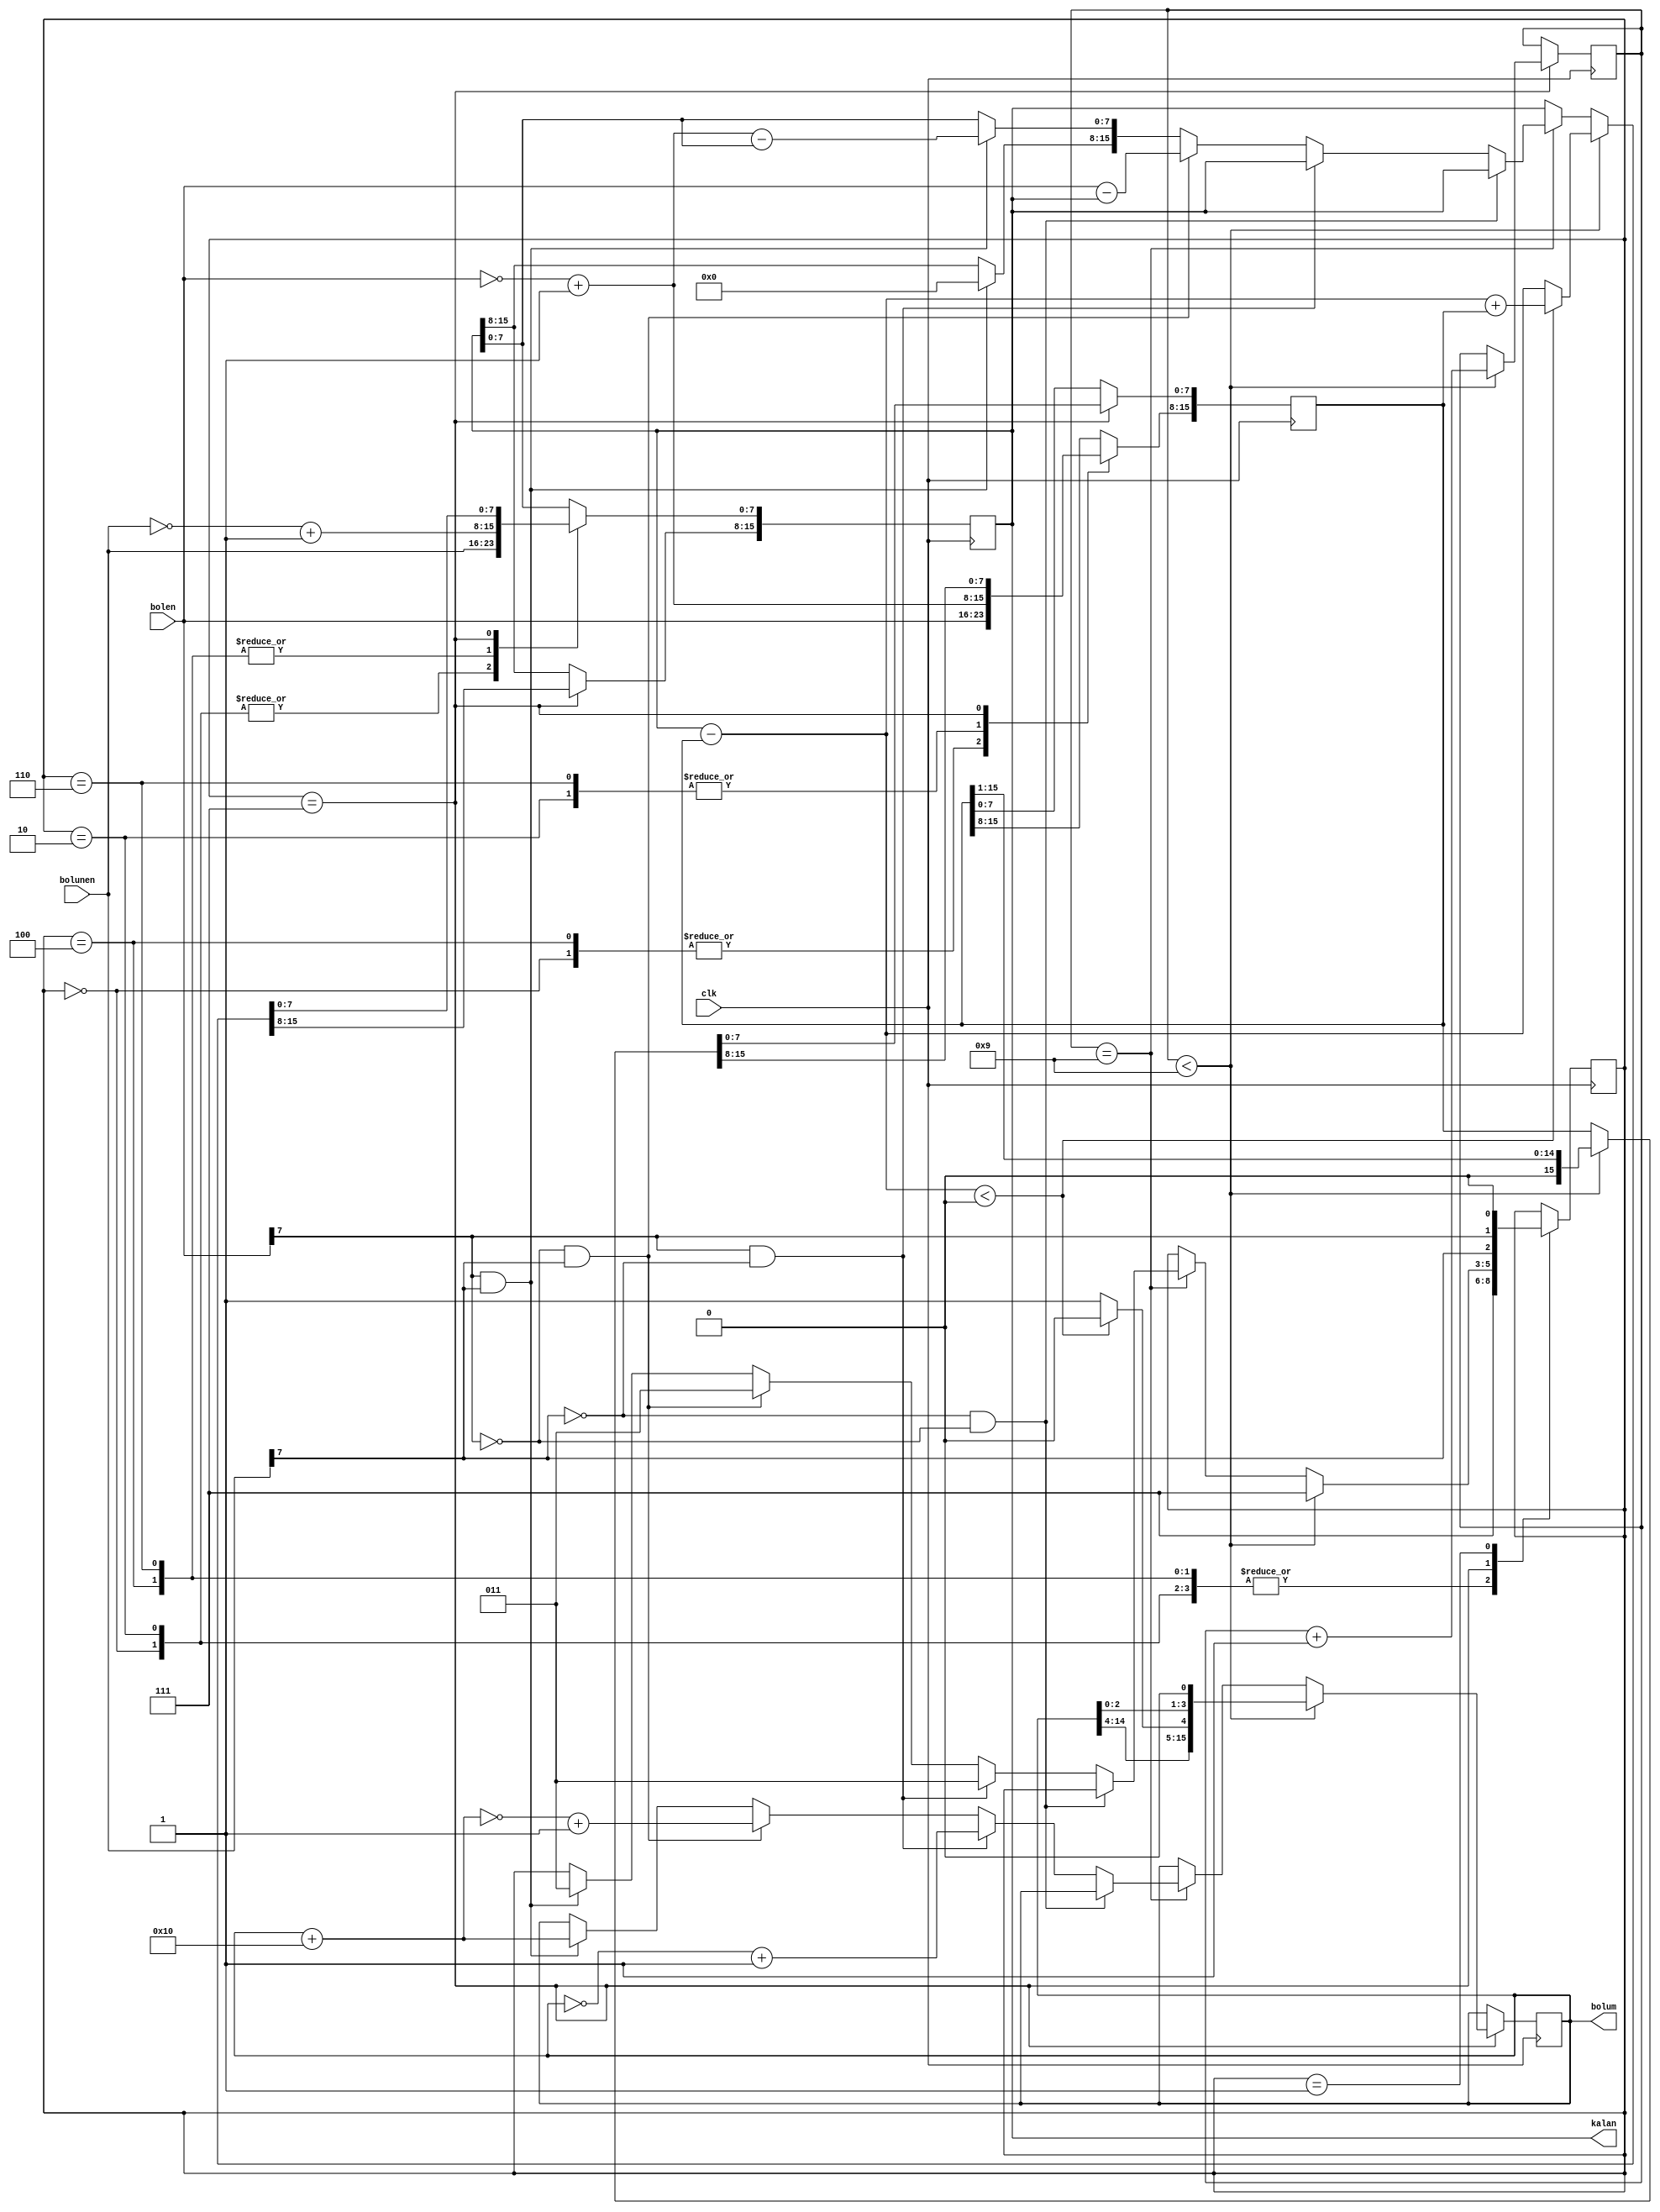

module bolme(

	input clk,
	input signed [7:0] 		bolunen, 
	input signed [7:0] 		bolen, 
	output signed [15:0] 	kalan, 
	output signed [15:0] 	bolum	

    );
	

	reg signed [15:0] bolen_ = 0;
	reg signed [15:0] kalan_ = 0;
	reg signed [15:0] bolum_ = 0; // 16 bit olarak aldik cunku maximum bolum 16 bit'e kadar cikabiliyor (8/0.0125).
	reg [2:0] durum          = 3'b001; 
	reg [3:0] i              = 0;
	
	
	localparam POS_POS   =  3'b000;
	localparam POS_NEG   =  3'b010;
	localparam NEG_POS   =  3'b100;
	localparam NEG_NEG 	 =  3'b110;
	localparam DURUM_  	 =  3'b001;
	localparam ISLEM 	 =	3'b111;
	localparam FINISH    = 	3'b011;

	
	always @(posedge clk) begin

		case(durum)
		
			POS_POS: begin
				
				kalan_[7:0] 	= bolunen;
				bolen_[15:8] 	= bolen;
				durum 			<= 3'b111;
				
			end
			
			POS_NEG: begin
			
				kalan_[7:0] 	= bolunen;
				bolen_[15:8] 	= ~bolen + 1'b1;
				durum 			<= 3'b111;
				
			end
			
			NEG_POS: begin 
			
				bolen_[15:8] 	=  bolen;   
				kalan_[7:0] 	= ~bolunen  + 1'b1;	
				durum 			<= 3'b111;
				
			end
			
			NEG_NEG: begin
			
				bolen_[15:8] 	= (~bolen) + 1'b1;
				kalan_[7:0] 	= (~bolunen) + 1'b1;	
				durum 			<= 3'b111;
				
			end
				
			ISLEM: begin
					
				if (i < 9) begin
				
					kalan_ = kalan_ - bolen_;
					
					if (kalan_ < 0) begin
						
						kalan_ 		= kalan_ + bolen_;
						bolum_ 		= bolum_ << 1;
						bolum_[4] 	= 1'b0;
						bolen_		= bolen_ >> 1;
						i 			= i + 1;
						durum 		<= 3'b111;
						
					end
					
					
					else begin
						
						bolum_ 		= bolum_ << 1;
						bolum_[4] 	= 1'b1;
						bolen_		= bolen_ >> 1;
						i 			= i + 1;
						durum 		<= 3'b111;
						
					end					
				
				end
				
				else if (i == 9) begin
				
					if (bolunen[7] == 0 && bolen[7] == 0) begin //pos-pos olunca bir sey yapmamiza gerek yok
					
						//
			
					end
					
					else begin
					
						if (bolen[7] == 1 && bolunen[7] == 0) begin // pos-neg olunca yapilacak, biz basta two's complement aldigimiz 
																	// icin pos-pos bolme isleminden sonra pos-neg'e cevirmek icin bolum'un two's complementini almak yeterli.
																	// (ornekler uzerinden cikardigimiz formul)
							bolum_ = ~bolum_ + 1'b1;
							durum <= FINISH;
							
						end
						
						else if (bolen[7] == 0 && bolunen[7] == 1) begin // yine biz pos-pos durumunda bolmeyi yaptigimiz icin (two's complementini aldik neg sayinin)
																		 // bunu pos-neg bolmeye cevirmek icin bolum 1 artirilir ve sonra two's complementi alinir.
																		 // daha sonra kalan yazmacina bolen - kalan_ sonucu aktarilir ve bos duruma gecilir.
																		 // (ornekler uzerinden cikardigimiz formul)
							
							bolum_ 	= bolum_ + 8'b00010000;	
							bolum_ 	= ~bolum_ + 8'b00000001;
							kalan_ 	= bolen - kalan_;
							durum 	<= FINISH;
						
						end
						
						else if (bolen[7] == 1 && bolunen[7] == 1) begin // her iki sayi da neg-neg oldugundan dolayi yine basta two's complementini aldigimizdan 
																		 // pos-pos bolme yapacak (kalan ve bolum pos-pos bolmeye gore gelecek) x
																		 // biz bunu neg-neg durumuna cevirmek icin bolumu bir artirmak
																		 // kalan yazmacina bolen'in two's complementinden kalan yazmacinin cikarildigi sonucu atarsak dogru sonucu verir.
																		 // (ornekler uzerinden cikardigimiz formul)
																		 
							bolum_ 			= bolum_ + 8'b00010000;
							kalan_ 			= (~(bolen) + 8'b00000001) - kalan_;
							kalan_[15:8] 	= 1'b0; // burda bunu yapmamizin sebebi yukaridaki islemde 8 bitten 16 biti cikarinca genisletme bitini 1 olarak aliyor.biz burda 0 yapiyoruz.
							durum 			<= FINISH;

						end
					
					end
				
				end
				
			end
			
			DURUM_: begin
			
				durum = {bolunen[7], bolen[7], 1'b0};
			
			end
			
			FINISH: begin
			
				//
			
			end
	
		endcase
	
	end
	
	assign bolum = bolum_;
	assign kalan = kalan_;

endmodule

// kalan_'in radix'i 4 olarak alinir cunku eger 8 alirsak sayiyi kesirli olarak goruyor ve yanlis cevabi veriyor. kalan_ = [0000_0000][0011_0000]